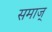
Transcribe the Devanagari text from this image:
समाज्